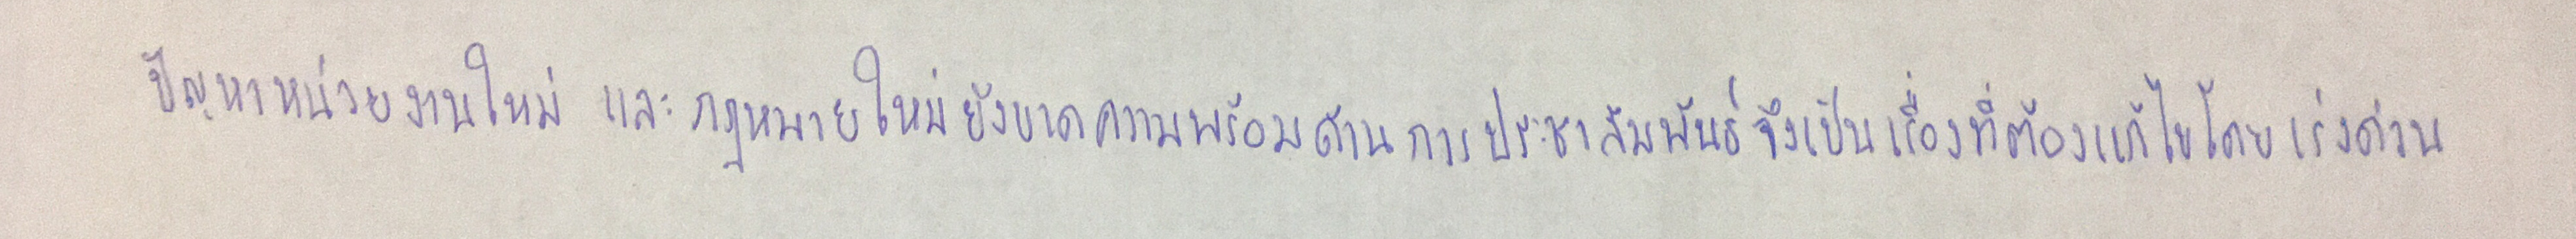
ปัญหาหน่วยงานใหม่และกฎหมายใหม่ยังขาดความพร้อมด้านการประชาสัมพันธ์จึงเป็นเรื่องที่ต้องแก้ไขโดยเร่งด่วน